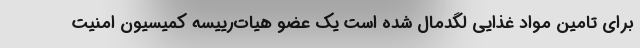
برای تامین مواد غذایی لگدمال شده است یک عضو هیات‌رییسه کمیسیون امنیت